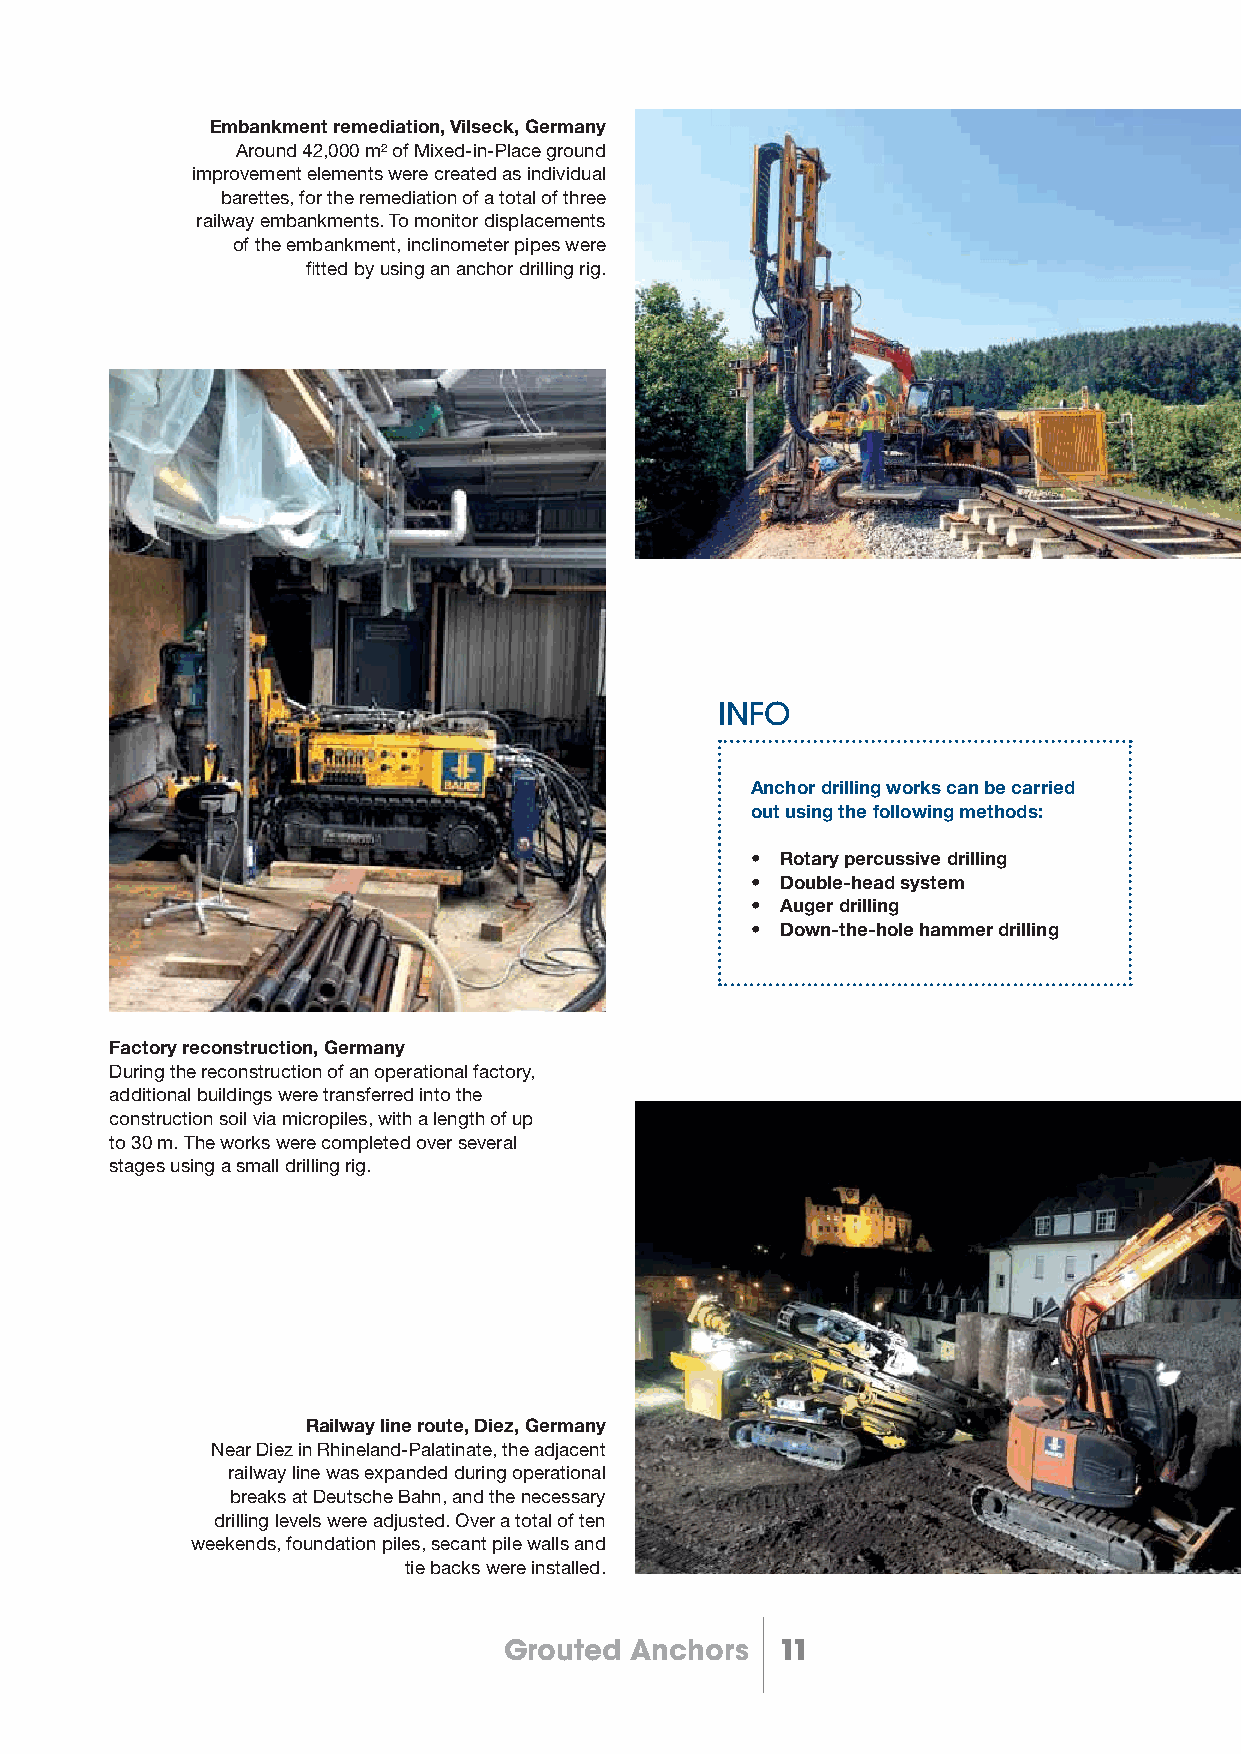
Embankment remediation, Vilseck, Germany
 Around 42,000 m² of Mixed-in-Place ground
 improvement elements were created as individual
 barettes, for the remediation of a total of three
 railway embankments. To monitor displacements
 of the embankment, inclinometer pipes were
 fi tted by using an anchor drilling rig.
 INFO
 Anchor drilling works can be carried
 out using the following methods:
 • Rotary percussive drilling
 • Double-head system
 • Auger drilling
 • Down-the-hole hammer drilling
 Factory reconstruction, Germany
 During the reconstruction of an operational factory,
 additional buildings were transferred into the
 construction soil via micropiles, with a length of up
 to 30 m. The works were completed over several
 stages using a small drilling rig.
 Railway line route, Diez, Germany
 Near Diez in Rhineland-Palatinate, the adjacent
 railway line was expanded during operational
 breaks at Deutsche Bahn, and the necessary
 drilling levels were adjusted. Over a total of ten
 weekends, foundation piles, secant pile walls and
 tie backs were installed.
 Grouted  Anchors   11